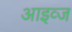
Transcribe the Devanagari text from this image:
आइव्ज